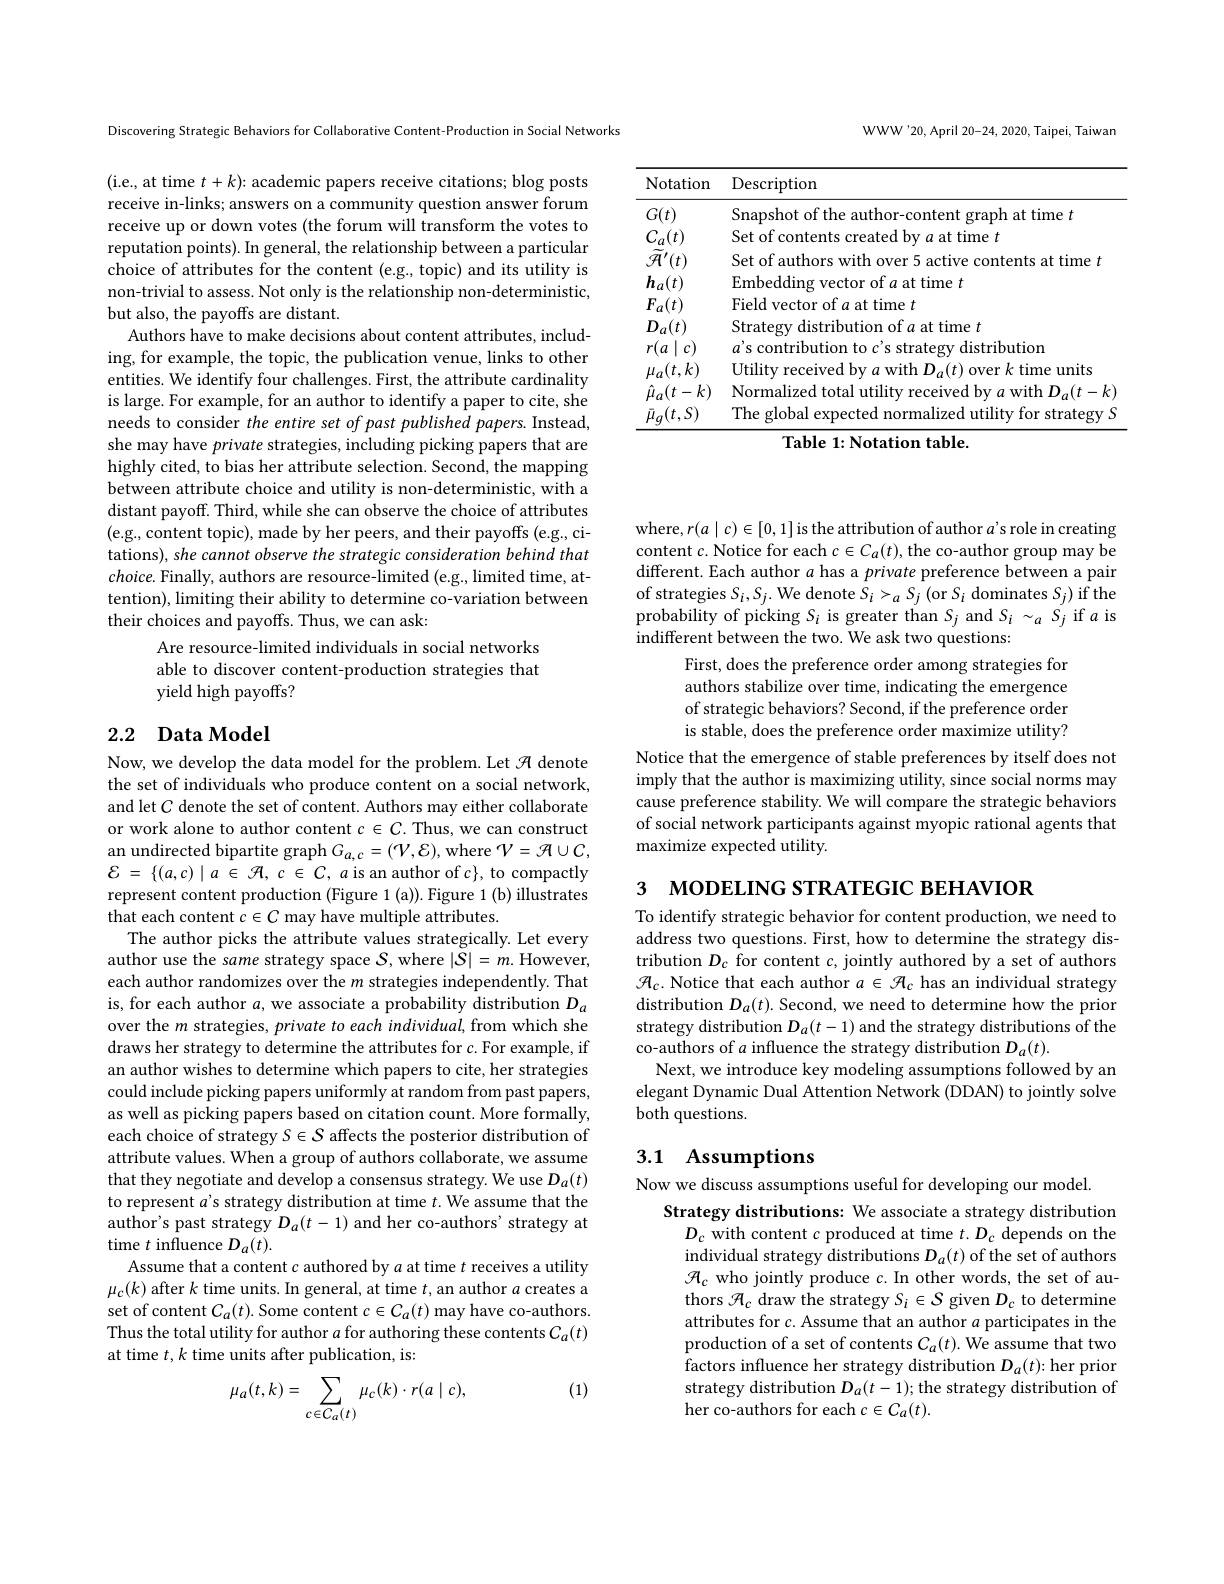
WWW'20, April 20-24, 2020, Taipei, Taiwan

<table>
	<tbody>
		<tr>
			<th>Notation</th>
			<th>Description</th>
		</tr>
		<tr>
			<td>$G(t)$</td>
			<td>Snapshot of the author-content graph at time $t$</td>
		</tr>
		<tr>
			<td>$C_{a}(t)$</td>
			<td>Set of at time $t$</td>
		</tr>
		<tr>
			<td>$\tilde{\mathcal{H}}^{\prime}(t)$</td>
			<td>Set of time $t$</td>
		</tr>
		<tr>
			<td>$h_{a}(t$</td>
			<td>Embedd t time $t$</td>
		</tr>
		<tr>
			<td>$F_{a}(t$</td>
			<td>Field vector time $t$</td>
		</tr>
		<tr>
			<td>$D_{a}(t$</td>
			<td>Strate t time $t$</td>
		</tr>
		<tr>
			<td>$r($ $a$ $C$</td>
			<td>contr distribution</td>
		</tr>
		<tr>
			<td>$\mu_{a}(t,k)$ $\angle AB=\angle AB$</td>
			<td>TIti 11mite</td>
		</tr>
		<tr>
			<td>$\hat{\mu}_{a}(t-k)$</td>
			<td>Normalize with $llt-$ $\cdot k$</td>
		</tr>
		<tr>
			<td>$\bar{\mu}_{q}(t,S)$</td>
			<td>The $\sigma|_{\mathrm{obal}}$ utility for strategy synected 13|17</td>
		</tr>
	</tbody>
</table>

Discovering Strategic Behaviors for Collaborative Content-Production in Social Networks

( i. e. , at time $t+ k) {: academic papers receive citations; blog posts}$ receive in-links; answers on a community question answer forum receive up or down votes (the forum will transform the votes to reputation points). In general, the relationship between a particular choice of attributes for the content (e.g., topic) and its utility is non-trivial to assess. Not only is the relationship non-deterministic, but also, the payoffs are distant.
Authors have to make decisions about content attributes, including, for example, the topic, the publication venue, links to other entities. We identify four challenges. First, the attribute cardinality is large. For example, for an author to identify a paper to cite, she needs to consider the entire set of past published papers. Instead, she may have private strategies, including picking papers that are highly cited, to bias her attribute selection. Second, the mapping between attribute choice and utility is non-deterministic, with a distant payoff. Third, while she can observe the choice of attributes (e.g., content topic), made by her peers, and their payoffs(e.g., citations), she cannot observe the strategic consideration behind that $choice.$ Finally, authors are resource-limited (e.g., limited time, attention), limiting their ability to determine co-variation between their choices and payoffs. Thus, we can ask:
Are resource-limited individuals in social networks able to discover content-production strategies that yield high payoffs?

## 2.2 Data Model

Now, we develop the data model for the problem. Let $\mathcal{H}$ denote the set of individuals who produce content on a social network, and let $C$ denote the set of content. Authors may either collaborate or work alone to author content $c\in C.$ Thus, we can construct an undirected bipartite graph $G_{a,c}=(\mathcal V,\mathcal{E})$, where $\mathcal{V}=\mathcal{H}\cup\mathcal{C}$, ${\mathcal{E} }$ = $\{ ( a, c) \mid a$ $\in$ ${\mathcal{H} }$, $c$ $\in$ $C$, $a$ $is$ $an$ author $of$ $c\} $, $to$ compactly represent content production (Figure 1 (a)).Figure 1 (b) illustrates that each content $c\in C$ may have multiple attributes.
The author picks the attribute values strategically. Let every author use the same strategy space $\mathcal{S}$,where $|\mathcal{S}|=m.$ However, each author randomizes over the $m$ strategies independently. That is, for each author $a$, we associate a probability distribution $D_a$ over the $m$ strategies, private to each individual, from which she draws her strategy to determine the attributes for c. For example, if an author wishes to determine which papers to cite, her strategies could include picking papers uniformly at random from past papers, as well as picking papers based on citation count. More formally, each choice of strategy $S\in S$ affects the posterior distribution of attribute values. When a group of authors collaborate, we assume that they negotiate and develop a consensus strategy. We use $D_a(t)$ to represent $a’$s strategy distribution at time $t.$ We assume that the author's past strategy $D_a(t-1)$ and her co-authors' strategy at time $t$ influence $D_a(t).$
Assume that a content $c$ authored by $a$ at time $t$ receives a utility $\mu_c(k)$ after $k$ time units. In general, at time $t$,an author $a$ creates a set of content $C_a(t).$ Some content $c\in C_a(t)$ may have co-authors. Thus the total utility for author $a$ for authoring these contents $C_a(t)$ at time $t,k$ time units after publication, is:
$$\mu_a(t,k)=\sum_{c\in C_a(t)}\mu_c(k)\cdot r(a\mid c),$$
(1)

where, $r(a\mid c)\in[0,1]$ is the attribution of author $a^\prime$s role in creating content $c.$ Notice for each $c\in C_a(t)$, the co-author group may be different. Each author $a$ has a private preference between a pair of strategies $S_i,S_j.$ We denote $S_i>_aS_j$ (or $S_i$ dominates $S_j)$ if the probability of picking $S_i$ is greater than $S_j$ and $S_i\sim_aS_j$ if $a$ is indifferent between the two. We ask two questions:
First, does the preference order among strategies for authors stabilize over time, indicating the emergence of strategic behaviors? Second, if the preference order is stable, does the preference order maximize utility?
Notice that the emergence of stable preferences by itself does not imply that the author is maximizing utility, since social norms may cause preference stability. We will compare the strategic behaviors of social network participants against myopic rational agents that maximize expected utility

3 морешма зткатеыс венауюю

To identify strategic behavior for content production, we need to address two questions. First, how to determine the strategy distribution $D_c$ for content $c$, jointly authored by a set of authors $\mathcal{H}_c.$ Notice that each author $a\in\mathcal{H}_c$ has an individual strategy distribution $D_a(t).$ Second, we need to determine how the prior strategy distribution $D_a(t-1)$ and the strategy distributions of the co-authors of $a$ influence the strategy distribution $D_a(t).$
Next, we introduce key modeling assumptions followed by an elegant Dynamic Dual Attention Network (DDAN) to jointly solve both questions.

## 3.1 Assumptions

Now we discuss assumptions useful for developing our model.
Strategy distributions: We associate a strategy distribution
$D_c$ with content $c$ produced at time $t.D_c$ depends on the individual strategy distributions $D_a(t)$ of the set of authors $\mathcal{H}_c$ who jointly produce $c.$ In other words, the set of authors $\mathcal{H}_c$ draw the strategy $S_i\in\mathcal{S}$ given $D_c$ to determine attributes for $c.$ Assume that an author $a$ participates in the production of a set of contents $C_a(t).$ We assume that two factors influence her strategy distribution $D_a(t){:}$her prior strategy distribution $D_a(t-1);$ the strategy distribution of her co-authors for each $c\in C_a(t).$